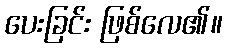
ပေးခြင်း ဖြစ်လေ၏။